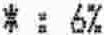
* : 6%